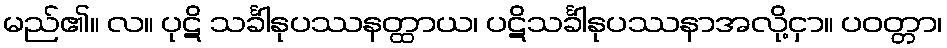
မည်၏။ လ။ ပုဋိ သင်္ခါနုပဿနတ္ထာယ၊ ပဋိသင်္ခါနုပဿနာအလို့ငှာ။ ပဝတ္တာ၊